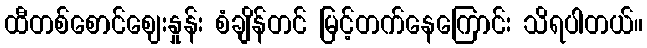
ထီတစ်စောင်ဈေးနှုန်း စံချိန်တင် မြင့်တက်နေကြောင်း သိရပါတယ်။